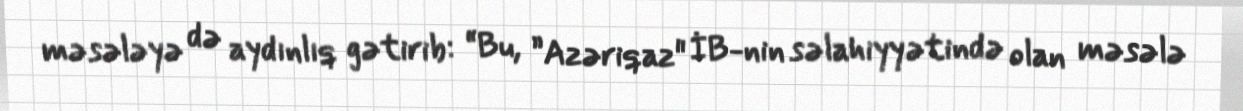
məsələyə də aydınlıq gətirib: “Bu, ”Azəriqaz" İB-nin səlahiyyətində olan məsələ